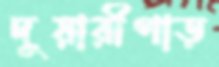
দুয়ারীপাড়